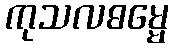
ကုသလဓမ္မေ